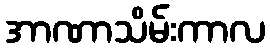
အာဏာသိမ်းကာလ